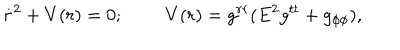
\dot { r } ^ { 2 } + V ( r ) = 0 ; \; \; V ( r ) = g ^ { r r } ( E ^ { 2 } g ^ { t t } + g _ { \phi \phi } ) ,